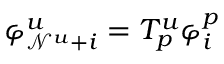
\varphi _ { \mathcal { N } ^ { u } + i } ^ { u } = T _ { p } ^ { u } \varphi _ { i } ^ { p }